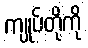
ကျုပ်တို့ကို